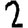
Digit: 2